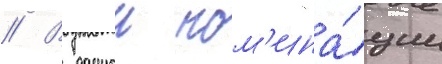
// В даннои ном'ина́ции